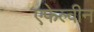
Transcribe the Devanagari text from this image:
एफेल्वीन